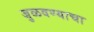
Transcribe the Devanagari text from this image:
जुळवण्याचा